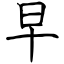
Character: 早